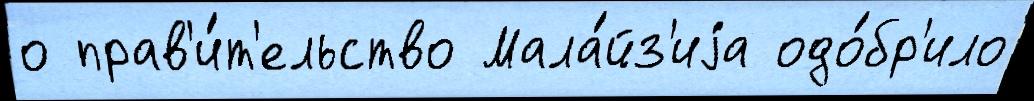
о прав'и́т'ельство Мала́йз'иjа одо́бр'ило